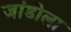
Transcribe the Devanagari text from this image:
जांडोला